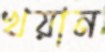
খয়ান